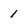
Character: 1